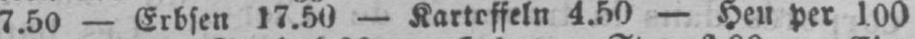
7.50 - Erbsen 17.50 - Kartoffeln 4.50 - Heu per 100